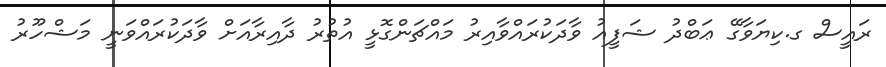
ރައީސް ގ.ކިޔަވާގޭ ޢަބްދު ޝަފީއު ވާދަކުރައްވާއިރު މައްޗަންގޮޅީ އުތުރު ދާއިރާއަށް ވާދަކުރައްވަނީ މަޝްހޫރު